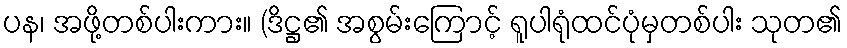
ပန၊ အဖို့တစ်ပါးကား။ (ဒိဋ္ဌ၏ အစွမ်းကြောင့် ရူပါရုံထင်ပုံမှတစ်ပါး သုတ၏